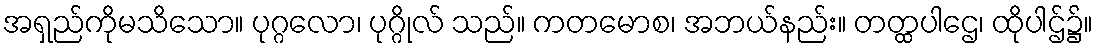
အရှည်ကိုမသိသော။ ပုဂ္ဂလော၊ ပုဂ္ဂိုလ် သည်။ ကတမောစ၊ အဘယ်နည်း။ တတ္ထပါဌေ၊ ထိုပါဌ်၌။